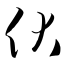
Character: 伏